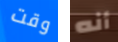
وقت أنه